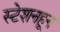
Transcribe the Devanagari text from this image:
स्टेशनहून